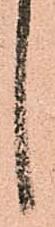
し